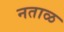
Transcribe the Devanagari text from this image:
नताळ